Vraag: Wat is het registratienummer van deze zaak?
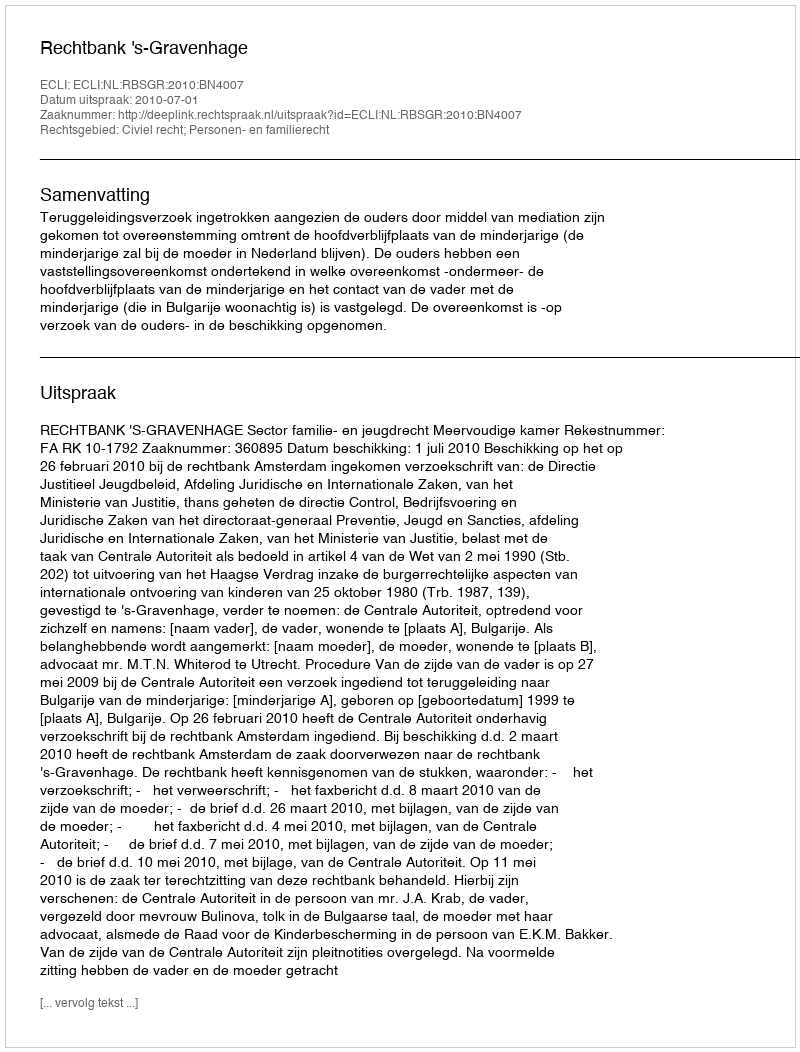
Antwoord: http://deeplink.rechtspraak.nl/uitspraak?id=ECLI:NL:RBSGR:2010:BN4007